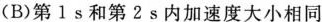
(B)第1s和第2s内加速度大小相同